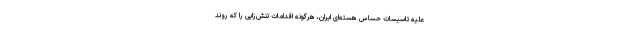
علیه تاسیسات حساس هسته‌ای ایران، هرگونه اقدامات تنش‌زایی را که روند